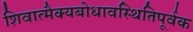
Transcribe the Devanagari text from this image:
शिवात्मैक्यबोधावस्थितिपूर्वक